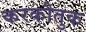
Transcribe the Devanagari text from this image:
करकौतुक